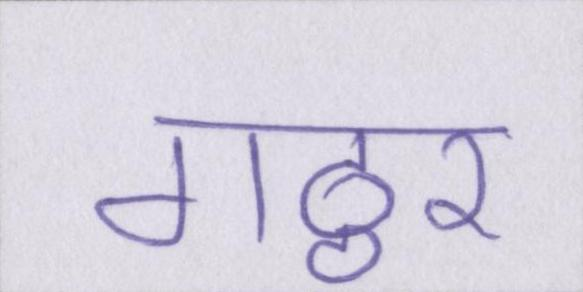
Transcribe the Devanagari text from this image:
गठ्ठर